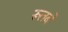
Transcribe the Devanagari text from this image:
रूतबे